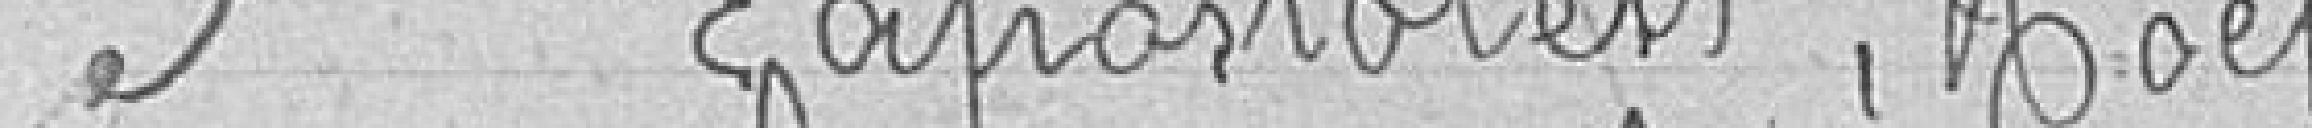
3. LAPOSTOLEST Noël